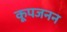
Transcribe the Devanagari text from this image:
कूपजनन